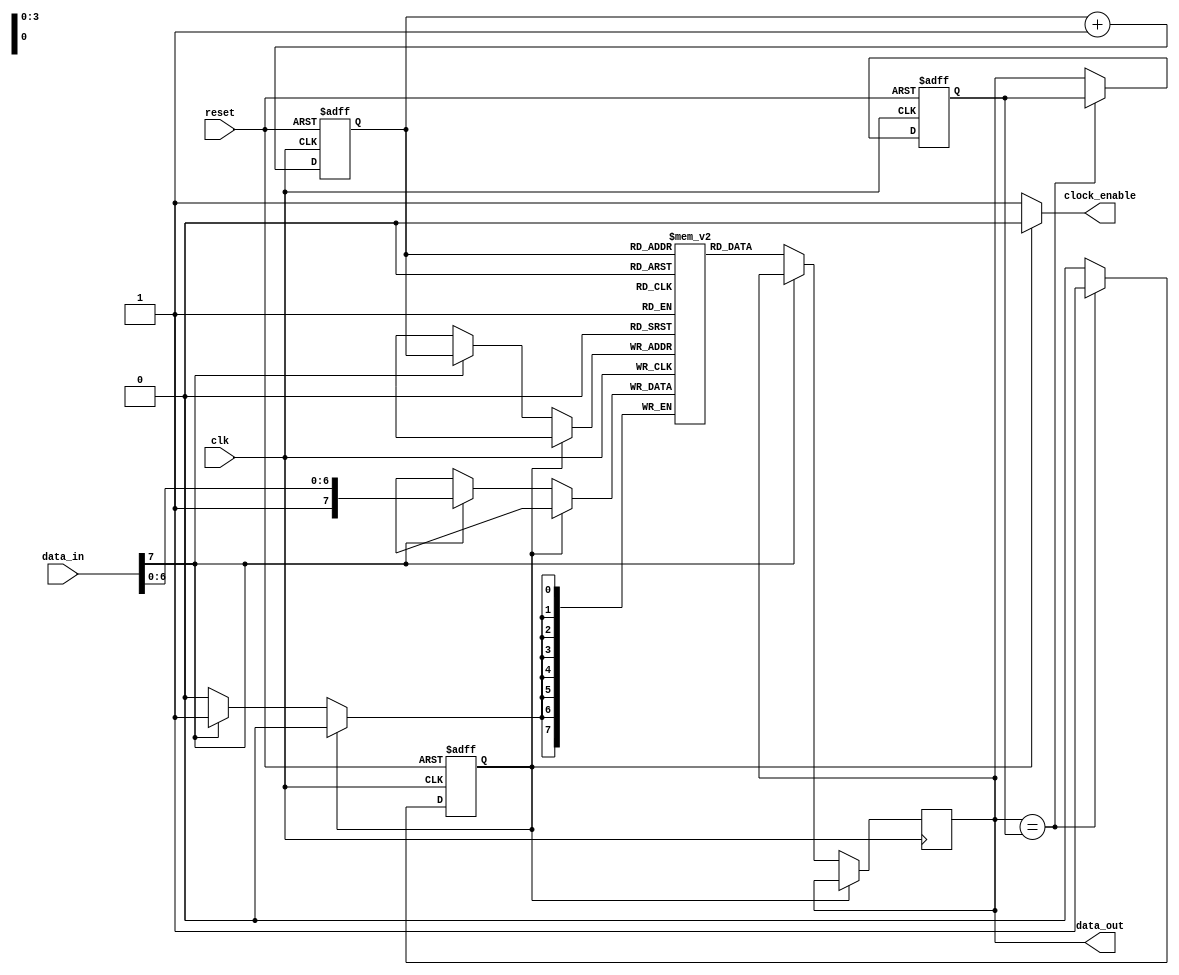
module odcg_memory_block (
    input  wire clk,          // Input clock
    input  wire reset,        // Reset signal
    input  wire [7:0] data_in,  // Data input
    output reg  [7:0] data_out, // Data output
    output reg  clock_enable    // Gating signal for clock
);

// Memory storage
reg [7:0] memory [0:15]; // Example memory of 16x8 bits
reg [3:0] address;        // Address for memory access

// Internal registers
reg [7:0] previous_output; // To track previous output state
reg stable_output;         // Signal to track output stability

// Gating logic to determine clock enable signal based on output stability
always @(posedge clk or posedge reset) begin
    if (reset) begin
        previous_output <= 8'b0;
        stable_output <= 1'b0;
    end else begin
        // Determine if the output is stable
        if (data_out == previous_output) begin
            stable_output <= 1'b1; // Output is stable
        end else begin
            stable_output <= 1'b0; // Output has changed
            previous_output <= data_out; // Update previous output state
        end
    end
end

// Clock gating logic
always @* begin
    if (stable_output) begin
        clock_enable = 1'b0; // Disable clock when output is stable
    end else begin
        clock_enable = 1'b1; // Enable clock to memory when needed
    end
end

// Memory block operation
always @(posedge clk) begin
    if (clock_enable) begin
        // Example simple write and read operation
        if (data_in[7]) begin // Example condition for writing to memory
            memory[address] <= data_in;
        end else begin // Example condition for reading from memory
            data_out <= memory[address];
        end
    end
end

// Address management and changes for demonstration (could be external)
always @(posedge clk or posedge reset) begin
    if (reset) begin
        address <= 4'b0; // Reset address
    end else begin
        address <= address + 1; // Increment address for next access
    end
end

endmodule